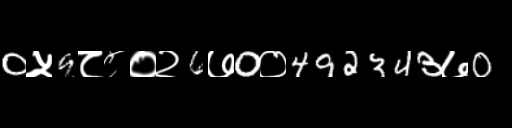
Text: 0५9८८०२6७0०492343७0